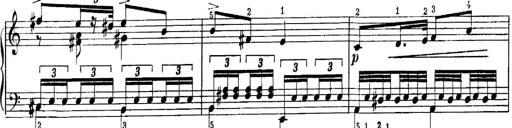
Title: Quatres sonatines
Composer: Tadeusz Joteyko